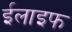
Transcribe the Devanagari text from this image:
ईलाइफ